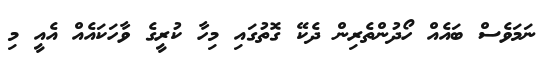
ނަމަވެސް ބައެއް ހޯދުންތެރިން ދެކޭ ގޮތުގައި މިހާ ކުރީގެ ވާހަކައެއް އެއީ މި